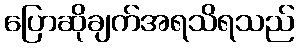
ပြောဆိုချက်အရသိရသည်